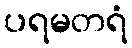
ပရမတရံ